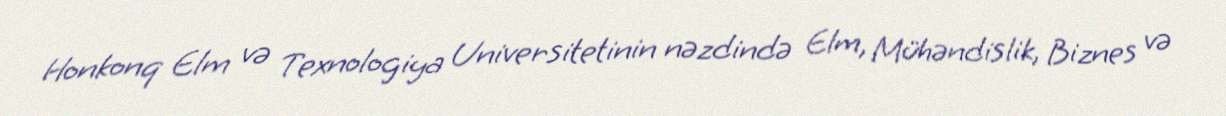
Honkonq Elm və Texnologiya Universitetinin nəzdində Elm, Mühəndislik, Biznes və